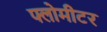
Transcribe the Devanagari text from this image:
फ्लोमीटर